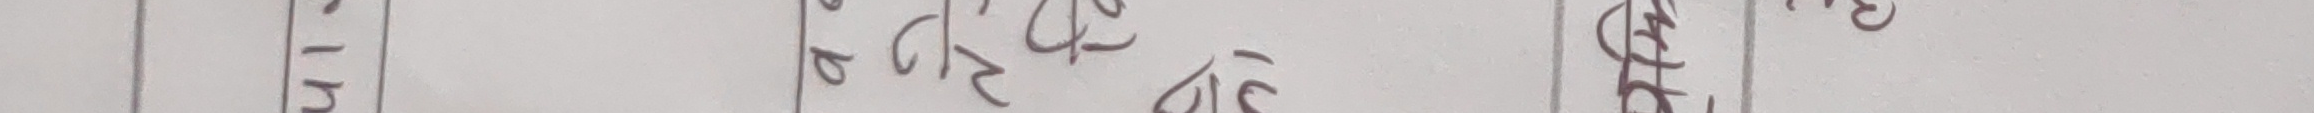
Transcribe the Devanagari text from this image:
एन० १च
ख २९८
ग ६३